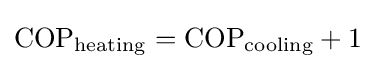
\mathrm {COP} _{\mathrm {heating} }=\mathrm {COP} _{\mathrm {cooling} }+1